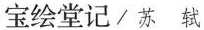
宝绘堂记/苏 轼